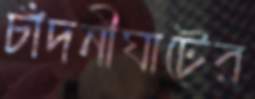
চাঁদনীঘাটের